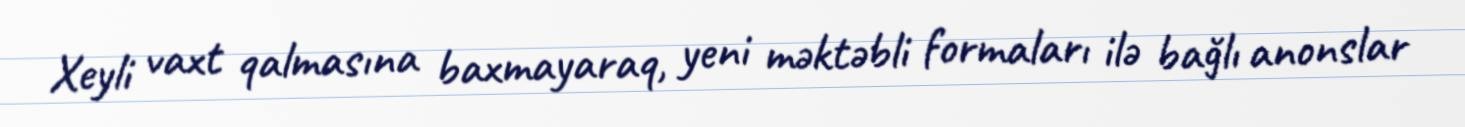
Xeyli vaxt qalmasına baxmayaraq, yeni məktəbli formaları ilə bağlı anonslar